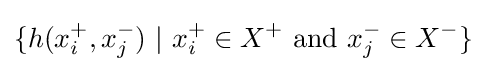
\{h(x_{i}^{+},x_{j}^{-})~|~x_{i}^{+}\in X^{+}{\text{ and }}x_{j}^{-}\in X^{-}\}